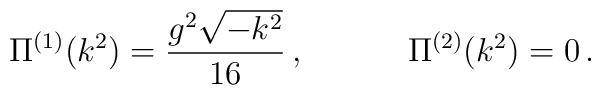
\Pi^{(1)}(k^{2}) = \frac{g^{2}\sqrt{-k^{2}}}{16} \, ,    \;\;\;\;\;\;\;\;\;\;\;    \Pi^{(2)}(k^{2}) = 0 \, .